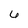
Character: 6